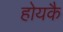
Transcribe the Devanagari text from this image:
होयकै